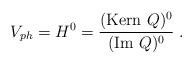
LaTeX: \begin{align*}V_{ph} = H^0 = \frac{({\rm Kern} ~Q)^0}{({\rm Im}~Q)^0} \; . \end{align*}